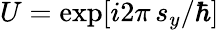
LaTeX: U=\exp[i2\pi\, s_{y}/\hbar]